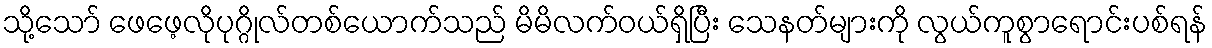
သို့သော် ဖေဖေ့လိုပုဂ္ဂိုလ်တစ်ယောက်သည် မိမိလက်ဝယ်ရှိပြီး သေနတ်များကို လွယ်ကူစွာရောင်းပစ်ရန်